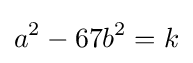
a^{2}-67b^{2}=k